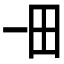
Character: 𤰓